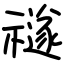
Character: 禭